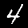
Label: 4